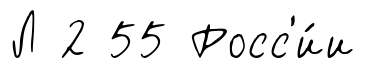
Л 2 55 Росс'и́и